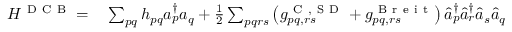
\begin{array} { r l } { H ^ { \mathrm { ~ D ~ C ~ B ~ } } = } & { { } \sum _ { p q } h _ { p q } a _ { p } ^ { \dagger } a _ { q } + \frac { 1 } { 2 } \sum _ { p q r s } \left( g _ { p q , r s } ^ { \mathrm { ~ C ~ , ~ S ~ D ~ } } + g _ { p q , r s } ^ { \mathrm { ~ B ~ r ~ e ~ i ~ t ~ } } \right) \hat { a } _ { p } ^ { \dagger } \hat { a } _ { r } ^ { \dagger } \hat { a } _ { s } \hat { a } _ { q } } \end{array}